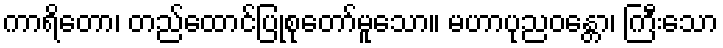
ကာရိတော၊ တည်ထောင်ပြုစုတော်မူသော။ မဟာပုညဝန္တော၊ ကြီးသော